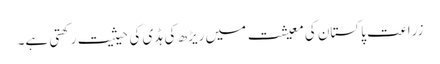
زراعت پاکستان کی معیشت میں ریڑھ کی ہڈی کی حیثیت رکھتی ہے۔